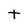
Character: t